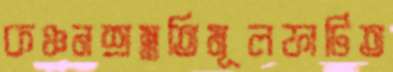
কঞ্চনশ্রম্নতিমূলফাটিত